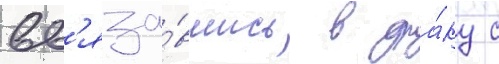
вв'яза́вшись в дра́ку с